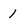
Character: 1